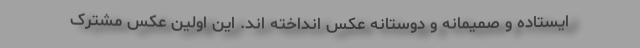
ایستاده و صمیمانه و دوستانه عکس انداخته اند. این اولین عکس مشترک